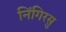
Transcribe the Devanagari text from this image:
निंगिरसु